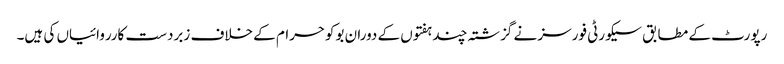
رپورٹ کے مطابق سیکورٹی فورسز نے گزشتہ چند ہفتوں کے دوران بوکوحرام کے خلاف زبردست کارروائیاں کی ہیں۔